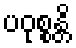
ပဝုစ္စန္တိ